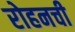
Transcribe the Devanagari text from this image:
रोहनची